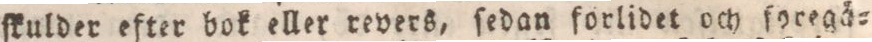
ſkulder efter bok eller revers, ſedan forlidet och ſpregå=